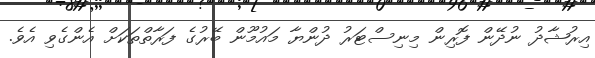
އިރުޝާދު ނުދޭން ފޮރިން މިނިސްޓަރު ދުންޔާ މައުމޫން ބޭރުގެ ފަރާތްތަކަށް އެންގެވި އެވެ.